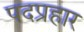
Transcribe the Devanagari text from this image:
पदप्रहार